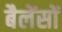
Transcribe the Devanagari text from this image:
बैलेंसों